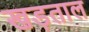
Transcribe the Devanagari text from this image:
खड़ताल